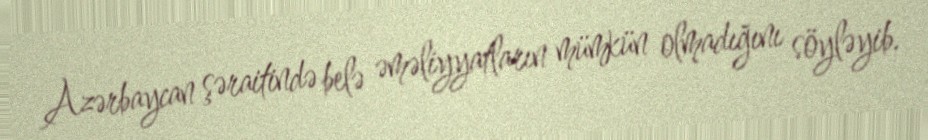
Azərbaycan şəraitində belə əməliyyatların mümkün olmadığını söyləyib.